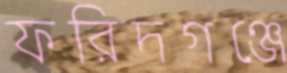
ফরিদগঞ্জে